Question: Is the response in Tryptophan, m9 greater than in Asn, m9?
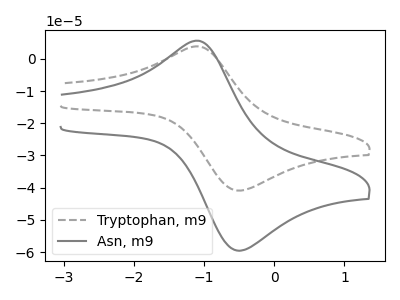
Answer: <think>The gray dashed curve "Tryptophan, m9" has an anodic peak at (-1.10V, 3.85uA) and a cathodic peak at (-0.55V, -40.80uA). The gray curve "Asn, m9" has an anodic peak at (-1.10V, 5.60uA) and a cathodic peak at (-0.55V, -59.35uA).
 All the peaks in "Tryptophan, m9" have a peak in "Asn, m9" at the same potential. Every peak in "Tryptophan, m9" is lower than every peak in "Asn, m9".</think>
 <answer>"Tryptophan, m9" has less signal than "Asn, m9".</answer>
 <eval>less_signal</eval>